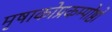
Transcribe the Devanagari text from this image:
मृषाकोप्रकम्पोष्ठो